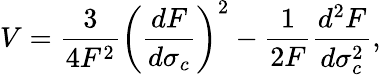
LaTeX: V=\frac{3}{4F^{2}}\left(\frac{dF}{d\sigma_{c}}\right)^{2}-\frac{1}{2F}\frac{d^{2}F}{d\sigma_{c}^{2}},